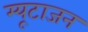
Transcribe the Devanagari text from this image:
म्यूटाजन